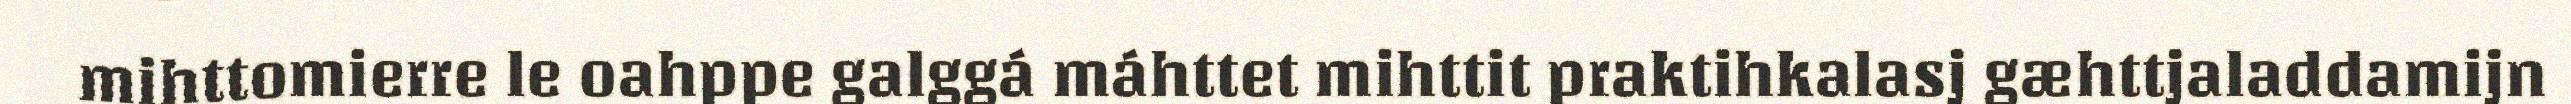
mihttomierre le oahppe galggá máhttet mihttit praktihkalasj gæhttjaladdamijn